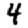
Digit: 4